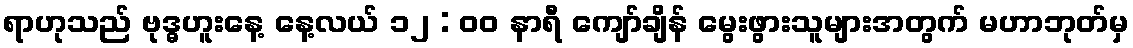
ရာဟုသည် ဗုဒ္ဓဟူးနေ့ နေ့လယ် ၁၂ : ၀၀ နာရီ ကျော်ချိန် မွေးဖွားသူများအတွက် မဟာဘုတ်မှ